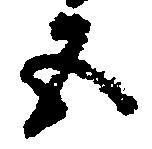
五